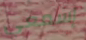
إسمعي